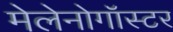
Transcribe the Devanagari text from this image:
मेलेनोगॉस्टर